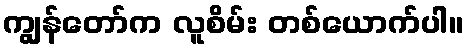
ကျွန်တော်က လူစိမ်း တစ်ယောက်ပါ။